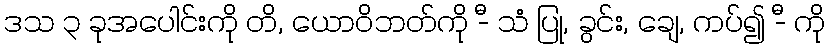
ဒသ ၃ ခုအပေါင်းကို တိ, ယောဝိဘတ်ကို -ီ သံ ပြု, ခွင်း, ချေ, ကပ်၍ -ီ ကို